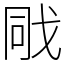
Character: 戙